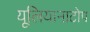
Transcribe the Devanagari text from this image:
यूलियानाटोप